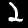
Label: 2